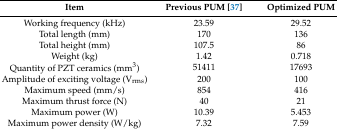
| Item | Previous PUM [37] | Optimized PUM |
 | --- | --- | --- |
 | Working frequency (kHz) | 23.59 | 29.52 |
 | Total length (mm) | 170 | 136 |
 | Total height (mm) | 107.5 | 86 |
 | Weight (kg) | 1.42 | 0.718 |
 | Quantity of PZT ceramics (mm3) | 51411 | 17693 |
 | Amplitude of exciting voltage (Vrms) | 200 | 100 |
 | Maximum speed (mm/s) | 854 | 416 |
 | Maximum thrust force (N) | 40 | 21 |
 | Maximum power (W) | 10.39 | 5.453 |
 | Maximum power density (W/kg) | 7.32 | 7.59 |